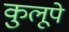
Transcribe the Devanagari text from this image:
कुलूपे